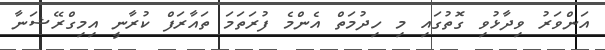
އަންވަރު ވިދާޅުވި ގޮތުގައި މި ހިދުމަތް އެންމެ ފުރަތަމަ ތައާރަފް ކުރާނީ އިމިގްރޭޝަނާ